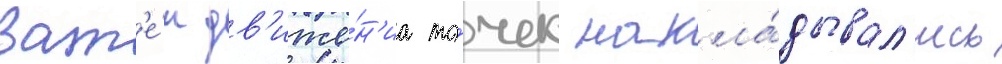
Зат'е́м дв'иже́н'иа то́чек накла́дывал'ись